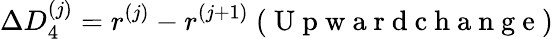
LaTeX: \Delta D_{4}^{(j)}=r^{(j)}-r^{(j+1)}\mathrm{~(~U~p~w~a~r~d~c~h~a~n~g~e~)~}